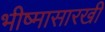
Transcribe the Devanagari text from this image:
भीष्मासारखी